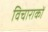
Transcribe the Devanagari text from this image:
विचाराकों